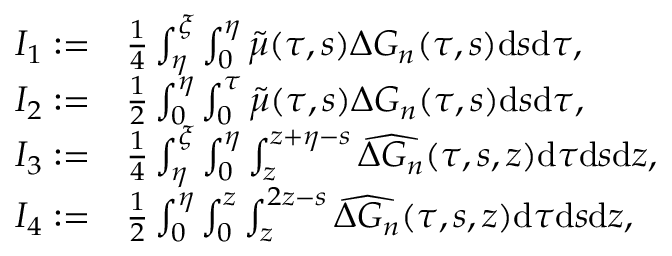
\begin{array} { r l } { I _ { 1 } : = } & { { \frac { { 1 } } { 4 } } \int _ { \eta } ^ { \xi } \int _ { 0 } ^ { \eta } { \widetilde { \mu } ( \tau , s ) } \Delta G _ { n } ( \tau , s ) \mathrm { d } s \mathrm { d } \tau , } \\ { I _ { 2 } : = } & { { \frac { { 1 } } { 2 } } \int _ { 0 } ^ { \eta } \int _ { 0 } ^ { \tau } { \widetilde { \mu } ( \tau , s ) } \Delta G _ { n } ( \tau , s ) \mathrm { d } s \mathrm { d } \tau , } \\ { I _ { 3 } : = } & { \frac { 1 } { 4 } \int _ { \eta } ^ { \xi } \int _ { 0 } ^ { \eta } \int _ { z } ^ { z + \eta - s } \widehat { \Delta G _ { n } } ( \tau , s , z ) \mathrm { d } \tau \mathrm { d } s \mathrm { d } z , } \\ { I _ { 4 } : = } & { \frac { 1 } { 2 } \int _ { 0 } ^ { \eta } \int _ { 0 } ^ { z } \int _ { z } ^ { 2 z - s } \widehat { \Delta G _ { n } } ( \tau , s , z ) \mathrm { d } \tau \mathrm { d } s \mathrm { d } z , } \end{array}